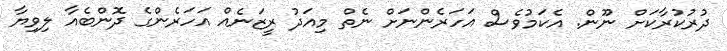
ދުރުކުރާކަށް ނޫން. އެކަމުވެސް އަހަރެންނަށް ނެތް މިއަދު ރީޒަނެއް އަހަރެންގެ ދޮންބެއާ ލިވިޔާ